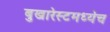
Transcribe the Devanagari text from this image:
बुखारेस्टमध्येच